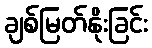
ချစ်မြတ်နိုးခြင်း